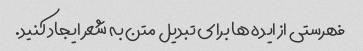
فهرستی از ایده ها برای تبدیل متن به شعر ایجاد کنید.